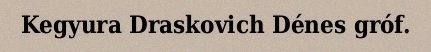
Kegyura Draskovich Dénes gróf.